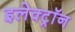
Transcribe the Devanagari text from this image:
इलेक्ट्राॅन